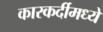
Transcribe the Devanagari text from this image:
कारकर्दीमध्ये